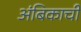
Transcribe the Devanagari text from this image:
अंबिकाची